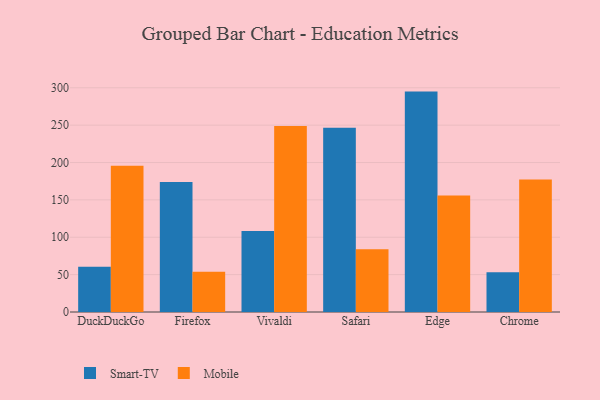
{"axis": {"x": "Browser", "y": "Active Users"}, "legend": ["Mobile", "Smart-TV"], "data": [{"x": "DuckDuckGo", "y": 60.4, "type": "Smart-TV"}, {"x": "DuckDuckGo", "y": 195.7, "type": "Mobile"}, {"x": "Firefox", "y": 174.1, "type": "Smart-TV"}, {"x": "Firefox", "y": 53.9, "type": "Mobile"}, {"x": "Vivaldi", "y": 108.4, "type": "Smart-TV"}, {"x": "Vivaldi", "y": 248.8, "type": "Mobile"}, {"x": "Safari", "y": 246.5, "type": "Smart-TV"}, {"x": "Safari", "y": 84.0, "type": "Mobile"}, {"x": "Edge", "y": 294.9, "type": "Smart-TV"}, {"x": "Edge", "y": 155.9, "type": "Mobile"}, {"x": "Chrome", "y": 53.1, "type": "Smart-TV"}, {"x": "Chrome", "y": 177.3, "type": "Mobile"}]}